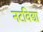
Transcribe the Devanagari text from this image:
नटविद्या